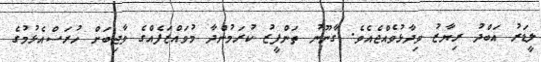
ލީޑަރު އަބްދު ރިޔާޒު ވިދާޅުވެއްޖެއެވެ. ގާނޫނު ތަންފީޒު ކުރަމުންދާ މުވައްޒަފެއްގެ ވާޖިބަށް ހުރަސްއެޅުމުގެ